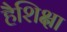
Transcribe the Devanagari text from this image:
हैशिक्षा